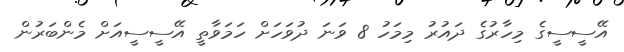
އޭސީސީގެ މިހާރުގެ ދައުރު މިމަހު 8 ވަނަ ދުވަހަށް ހަމަވާތީ އޭސީސީއަށް މެންބަރުން